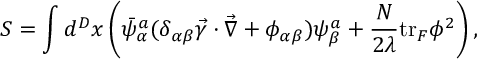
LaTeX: S = \int d ^ { D } x \left( \bar { \psi } _ { \alpha } ^ { a } ( \delta _ { \alpha \beta } \vec { \gamma } \cdot \vec { \nabla } + \phi _ { \alpha \beta } ) \psi _ { \beta } ^ { a } + \frac { N } { 2 \lambda } \mathrm { t r } _ { F } \phi ^ { 2 } \right) ,